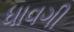
ધાવગી